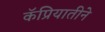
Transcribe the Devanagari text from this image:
कॅप्रियातीने